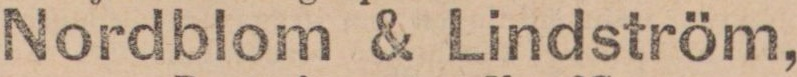
Nordblom & Lindström,